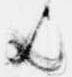
歟